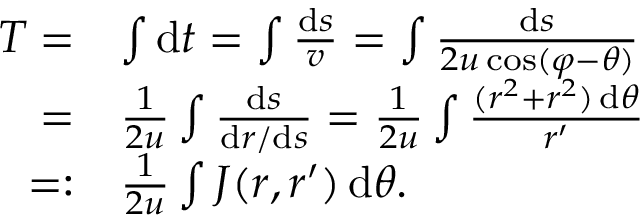
\begin{array} { r l } { T = } & { \int \mathrm { d } t = \int \frac { \mathrm { d } s } { v } = \int \frac { \mathrm { d } s } { 2 u \cos ( \varphi - \theta ) } } \\ { = } & { \frac { 1 } { 2 u } \int \frac { \mathrm { d } s } { \mathrm { d } r / \mathrm { d } s } = \frac { 1 } { 2 u } \int \frac { ( r ^ { 2 } + r ^ { 2 } ) \, \mathrm { d } \theta } { r ^ { \prime } } } \\ { = : } & { \frac { 1 } { 2 u } \int J ( r , r ^ { \prime } ) \, \mathrm { d } \theta . } \end{array}